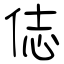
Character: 俧